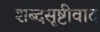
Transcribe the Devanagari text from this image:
शब्दसृष्टीवाद